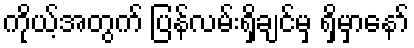
ကိုယ့်အတွက် ပြန်လမ်းရှိချင်မှ ရှိမှာနော်